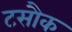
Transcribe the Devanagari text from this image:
टसौक